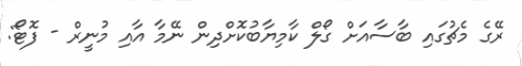
ރޭގެ މެޗުގައި ބާާސާއަށް ގޯލް ކާމިޔާބުކޮށްދިން ނޭމާ އާއި މުނީރް - ފޮޓޯ: